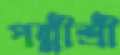
পল্লীশ্রী